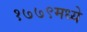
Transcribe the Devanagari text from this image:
१७७९मध्ये